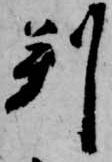
判